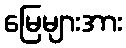
မြေများအား